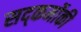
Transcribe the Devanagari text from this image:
सद्कर्मोकी